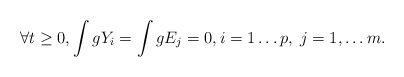
\begin{align*} \forall t\geq 0,\int g Y_i=\int g E_j=0,i=1\ldots p,\; j=1,\ldots m.\end{align*}